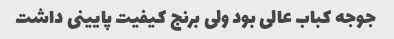
جوجه کباب عالی بود ولی برنج کیفیت پایینی داشت